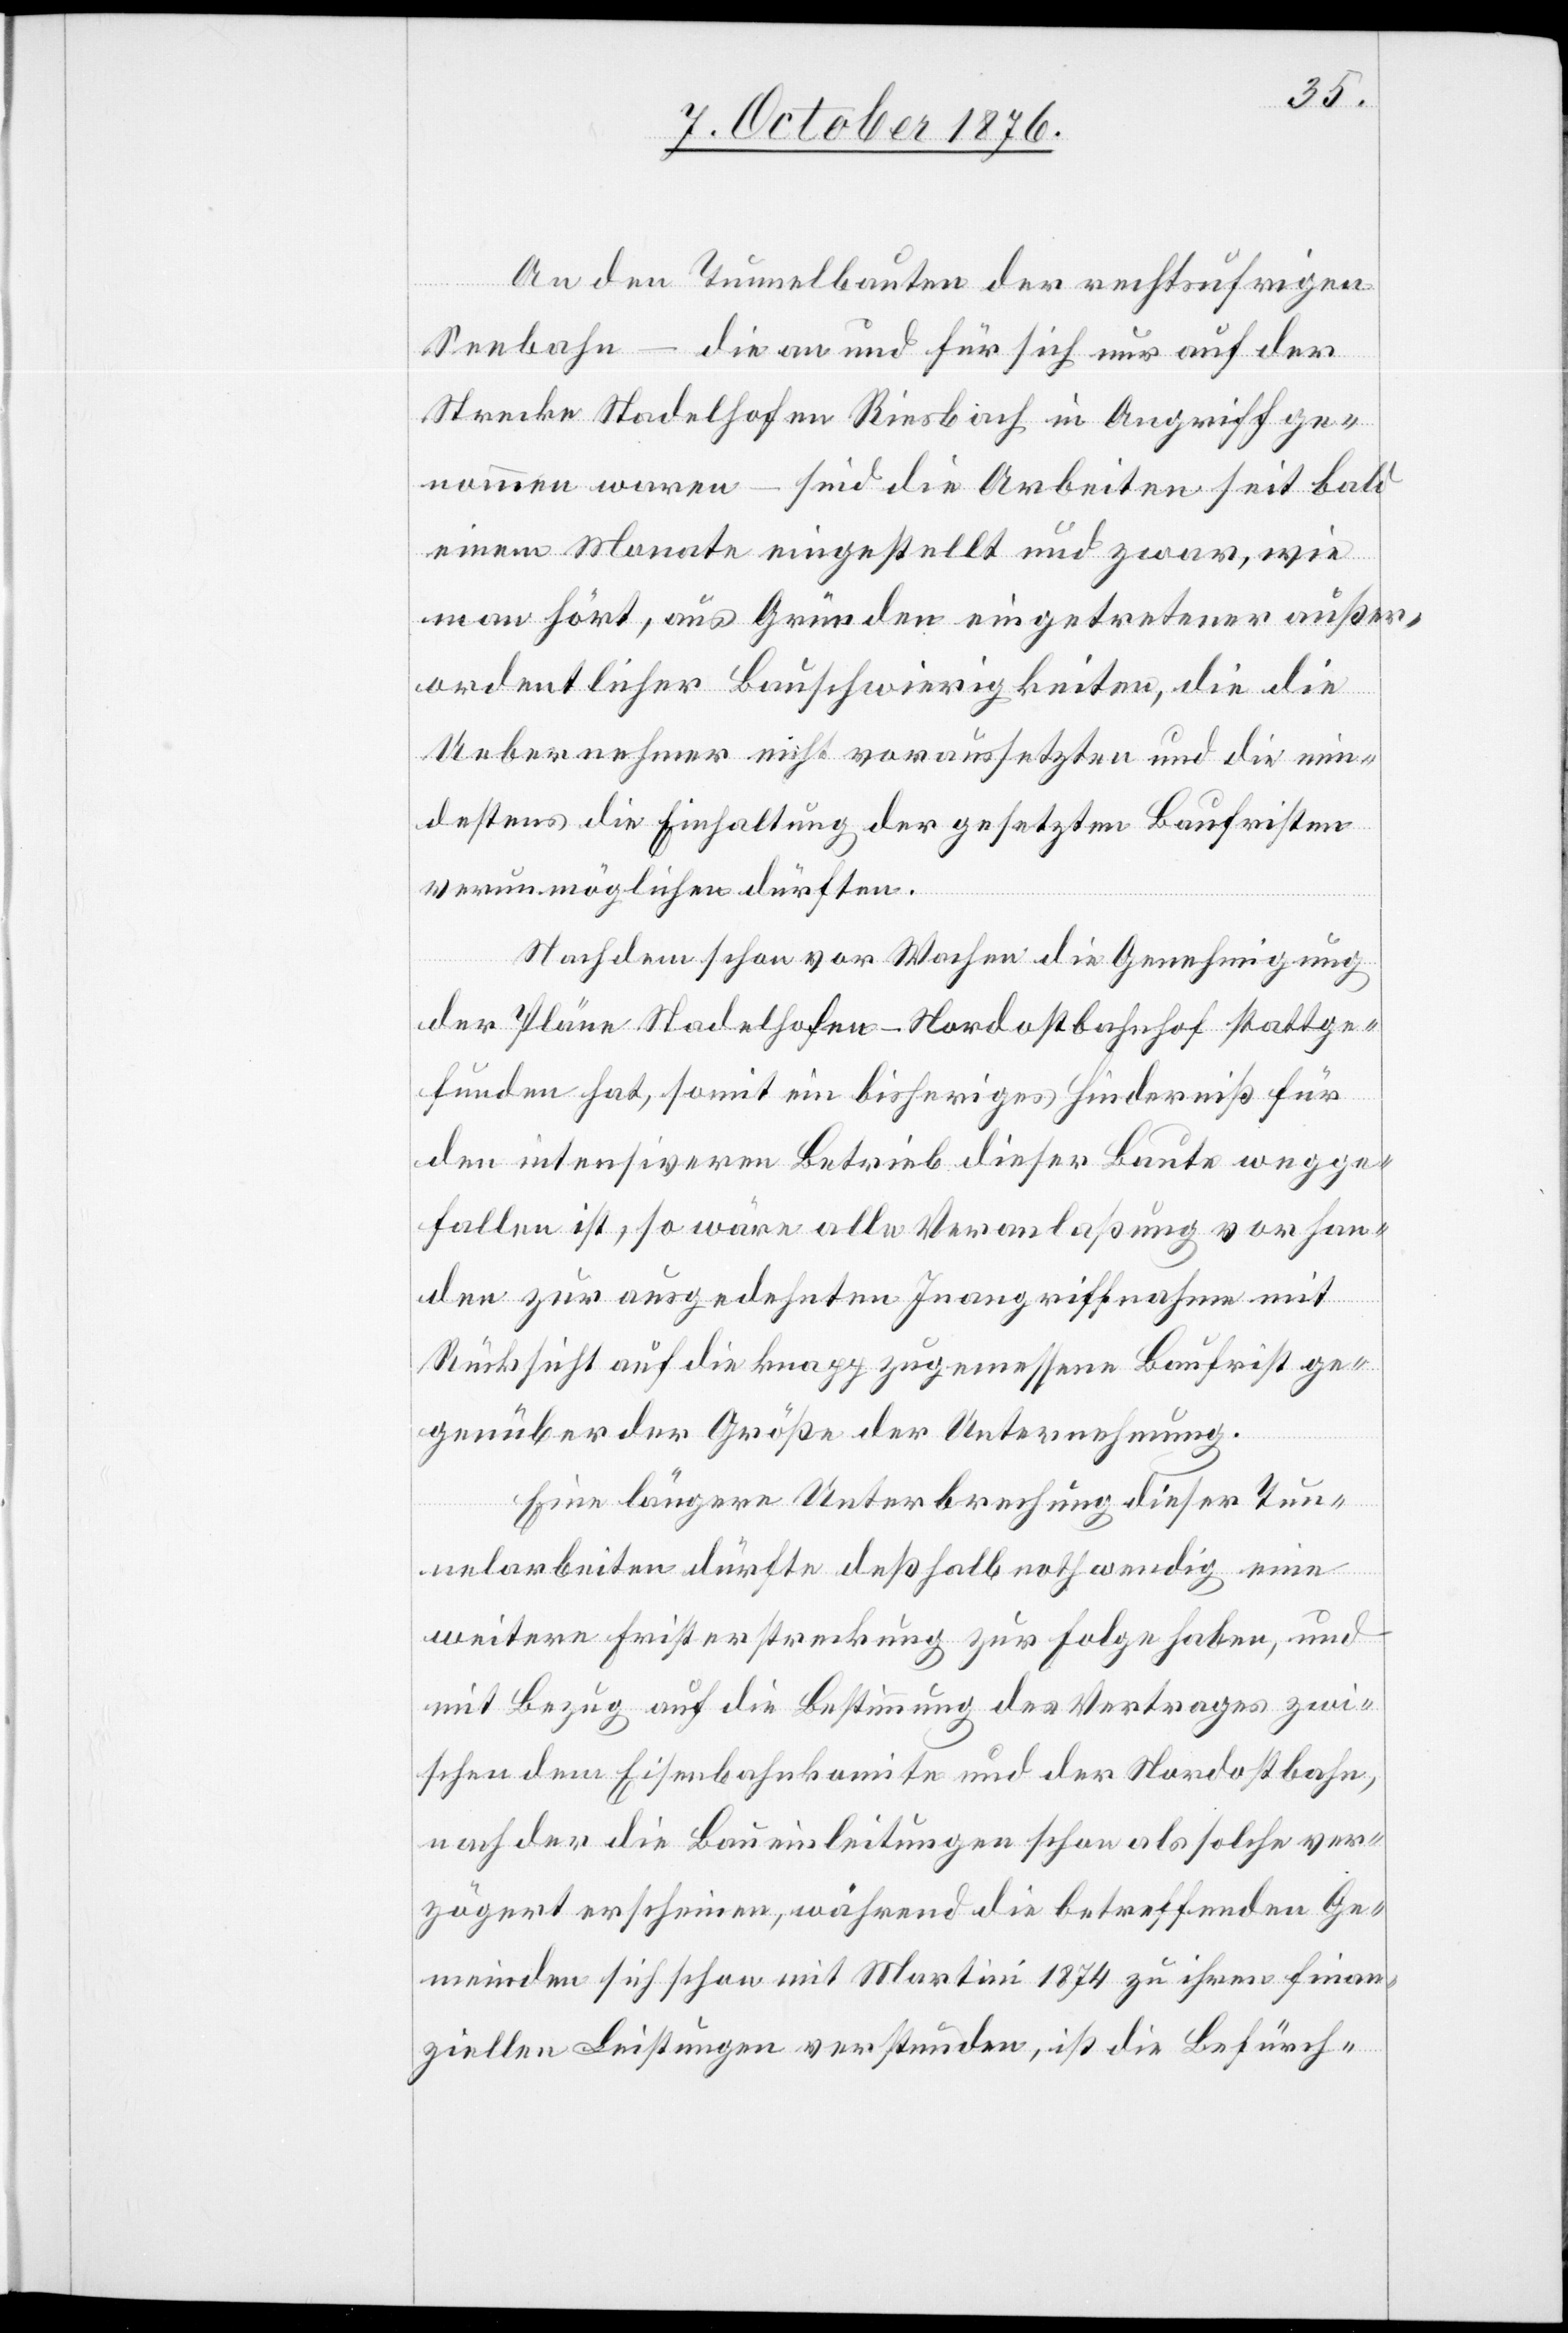
An den Tunnelbauten der rechtsufrigen
Seebahn – die an und für sich nur auf der
Strecke Stadelhofen Riesbach in Angriff ge¬
nommen waren – sind die Arbeiten seit bald
einem Monate eingestellt und zwar, wie
man hört, aus Gründen eingetretener außer¬
ordentlicher Bauschwierigkeiten, die die
Uebernehmer nicht voraussetzten und die min¬
destens die Einhaltung der gesetzten Baufristen
verunmöglichen dürften.
Nachdem schon vor Wochen die Genehmigung
der Pläne Stadelhofen–Nordostbahnhof stattge¬
funden hat, somit ein bisheriges Hinderniß für
den intensiveren Betrieb dieser Baute wegge¬
fallen ist, so wäre alle Veranlaßung vorhan¬
den zur ausgedehnten Inangriffnahme mit
Rücksicht auf die knapp zugemessene Baufrist ge¬
genüber der Größe der Unternehmung.
Eine längere Unterbrechung dieser Tun¬
nelarbeiten dürfte deßhalb nothwendig eine
weitere Fristerstreckung zur Folge haben, und
mit Bezug auf die Bestimmung des Vertrages zwi¬
schen dem Eisenbahnkomite und der Nordostbahn,
nach der die Baueinleitungen schon als solche ver¬
zögert erscheinen, während die betreffenden Ge¬
meinden sich schon mit Martini 1874 zu ihren finan¬
ziellen Leistungen verstunden, ist die Befürch-